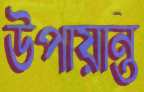
উপায়ান্ত